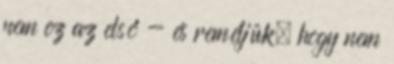
nem ez az első - és reméljük, hogy nem